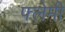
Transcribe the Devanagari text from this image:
फ्लेमी